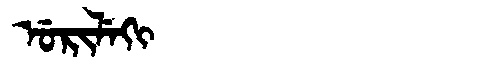
Manchu: ᡠᡵᡳᠯᡝᡴᡳ
Romanization: URILEKI